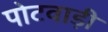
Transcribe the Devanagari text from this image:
पोटवाड़ी